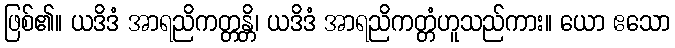
ဖြစ်၏။ ယဒိဒံ အာရညိကတ္တန္တိ၊ ယဒိဒံ အာရညိကတ္တံဟူသည်ကား။ ယော ဧသော